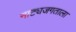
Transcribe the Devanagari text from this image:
नाट्यजगताला